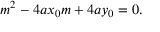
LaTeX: m ^ { 2 } - 4 a x _ { 0 } m + 4 a y _ { 0 } = 0 .